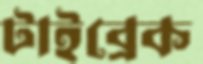
টাইব্রেক